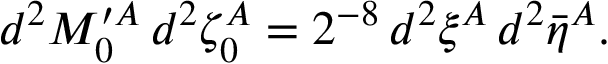
d ^ { 2 } { \cal M } _ { 0 } ^ { \prime A } \, d ^ { 2 } \zeta _ { 0 } ^ { A } = 2 ^ { - 8 } \, d ^ { 2 } \xi ^ { A } \, d ^ { 2 } \bar { \eta } ^ { A } .